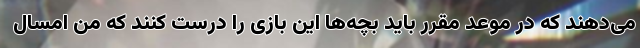
می‌دهند که در موعد مقرر باید بچه‌ها این بازی را درست کنند که من امسال